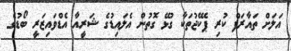
އަލަށް ތައާރަފް ކުރި ޕެކޭޖުތަކާ ގުޅޭ ގޮތުން އެލައިޑުގެ ޝަރީއާ އެޑްވައިޒަރީ ބޯޑުގެ